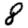
Digit: 8